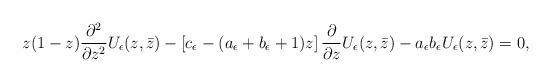
LaTeX: \begin{align*}z(1-z)\frac{\partial^2}{\partial z^2}U_\epsilon(z,\bar{z})-\left[ c_\epsilon -(a_\epsilon +b_\epsilon+1)z\right]\frac{\partial}{\partial z}U_\epsilon(z,\bar{z})-a_\epsilon b_\epsilon U_\epsilon(z,\bar{z})=0,\end{align*}